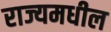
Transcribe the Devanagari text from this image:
राज्यमधील